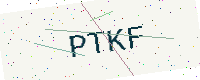
Text: PTKF